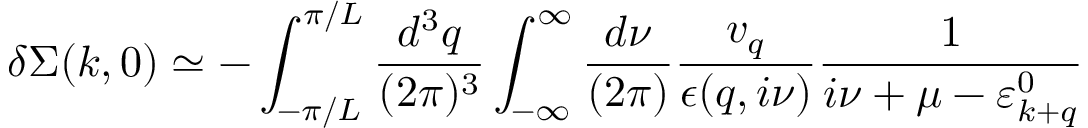
\delta \Sigma ( k , 0 ) \simeq - \int _ { - \pi / L } ^ { \pi / L } \frac { d ^ { 3 } q } { ( 2 \pi ) ^ { 3 } } \int _ { - \infty } ^ { \infty } \frac { d \nu } { ( 2 \pi ) } \frac { v _ { q } } { \epsilon ( q , i \nu ) } \frac { 1 } { i \nu + \mu - \varepsilon _ { k + q } ^ { 0 } }